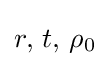
r,\,t,\,\rho _{0}